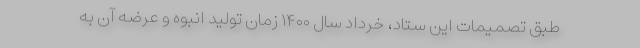
طبق تصمیمات این ستاد،‌ خرداد سال ۱۴۰۰ زمان تولید انبوه و عرضه آن به